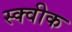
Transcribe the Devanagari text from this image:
स्क्वीक